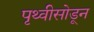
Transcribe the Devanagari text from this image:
पृथ्वीसोडून